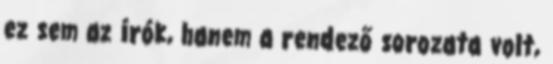
ez sem az írók, hanem a rendező sorozata volt,